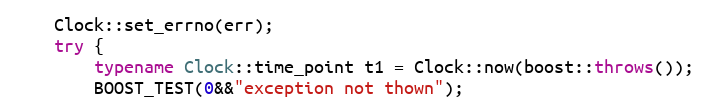
Language: C++
    Clock::set_errno(err);
    try {
        typename Clock::time_point t1 = Clock::now(boost::throws());
        BOOST_TEST(0&&"exception not thown");